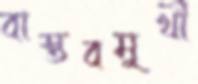
বাস্তবমুখী